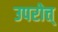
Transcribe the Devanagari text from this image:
उपरोत्त्